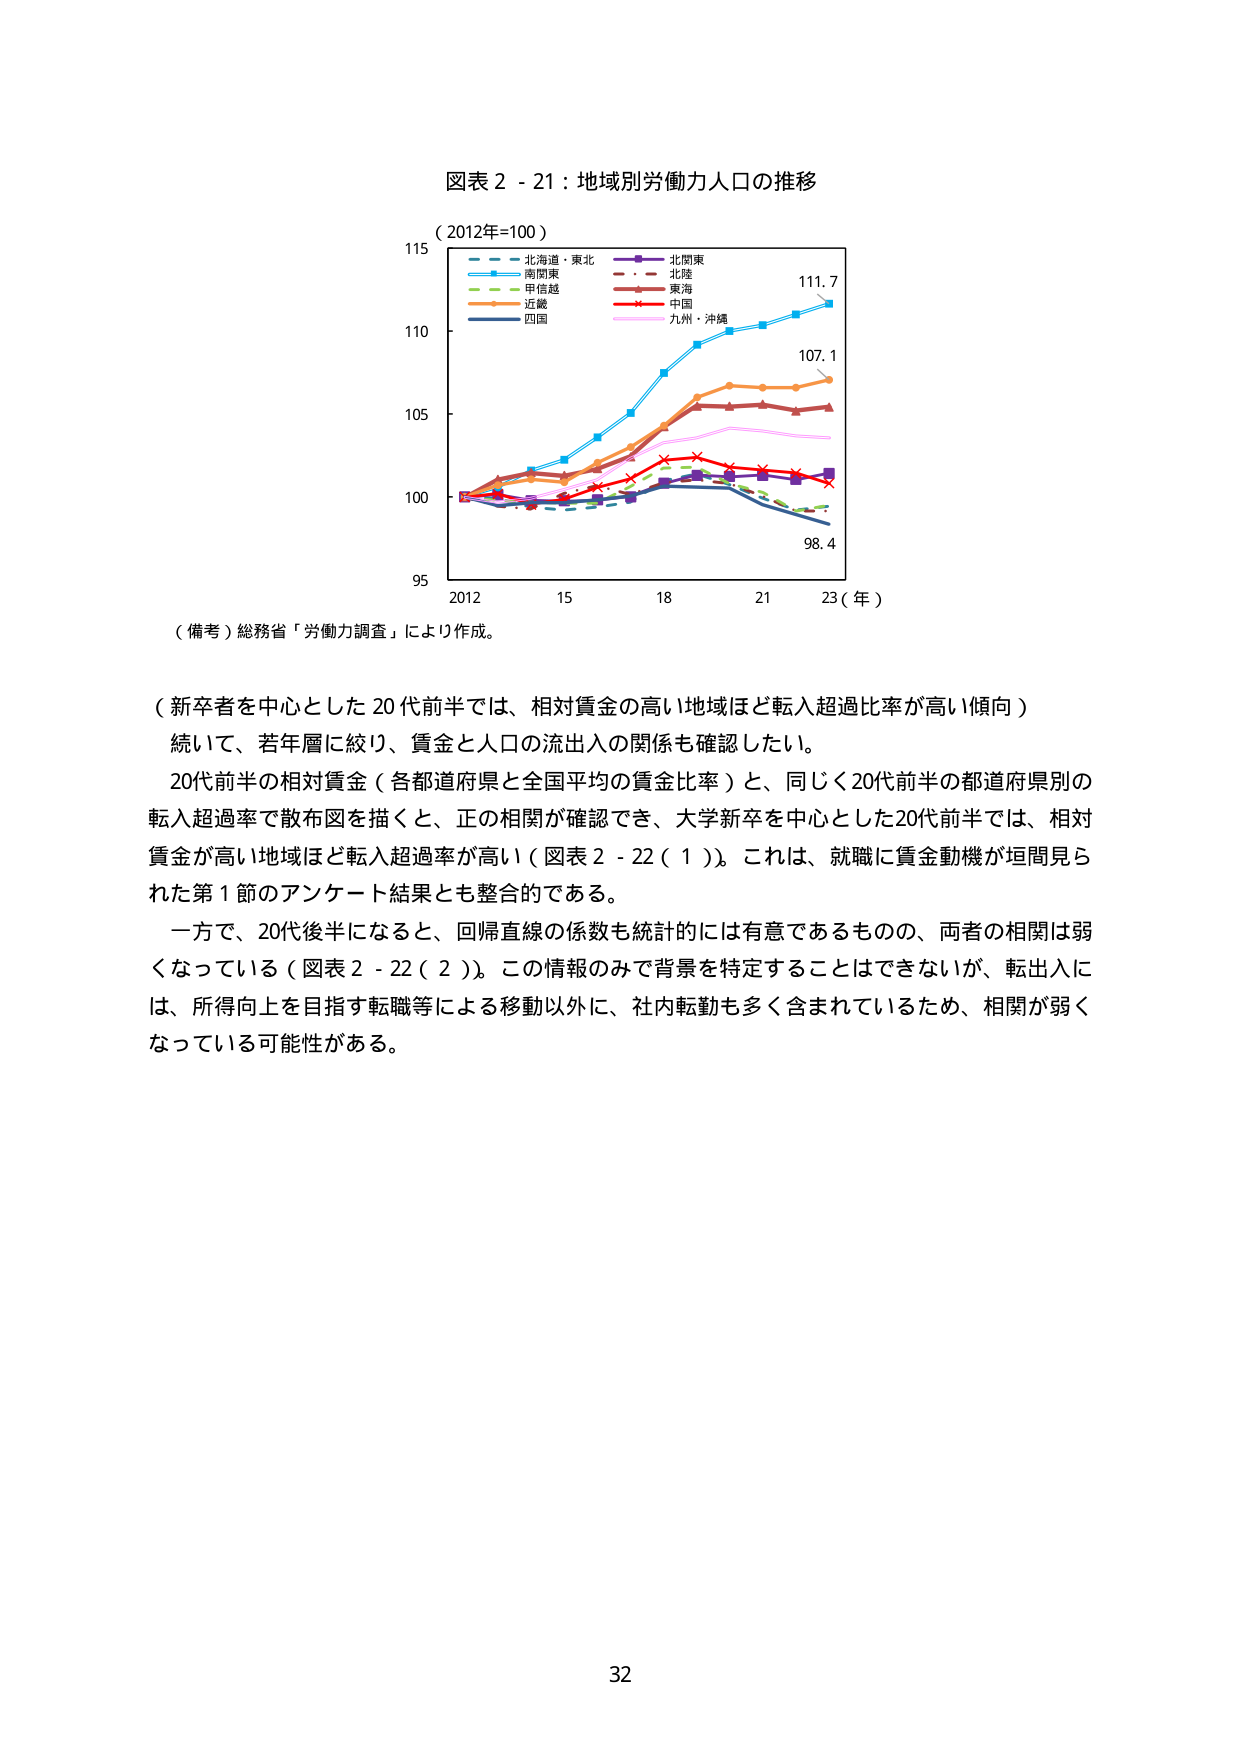
図表２－２１：地域別労働力人口の推移
（2012年=100）
北海道・東北
北関東
南関東
北陸
甲信越
東海
近畿
中国
四国
九州・沖縄
115
110
105
100
95
2012 15 18 21 23（年）
111.7
107.1
98.4
（備考）総務省「労働力調査」により作成。
（新卒者を中心とした20代前半では、相対賃金の高い地域ほど転入超過比率が高い傾向）
続いて、若年層に絞り、賃金と人口の流出入の関係も確認したい。
20代前半の相対賃金（各都道府県と全国平均の賃金比率）と、同じく20代前半の都道府県別の転入超過率で散布図を描くと、正の相関が確認でき、大学新卒を中心とした20代前半では、相対賃金が高い地域ほど転入超過率が高い（図表２－２２（１））。これは、就職に賃金動機が垣間見られた第１節のアンケート結果とも整合的である。
一方で、20代後半になると、回帰直線の係数も統計的には有意であるものの、両者の相関は弱くなっている（図表２－２２（２））。この情報のみで背景を特定することはできないが、転出入には、所得向上を目指す転職等による移動以外に、社内転勤も多く含まれているため、相関が弱くなっている可能性がある。
32